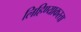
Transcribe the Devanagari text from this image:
लिहिण्याकरता